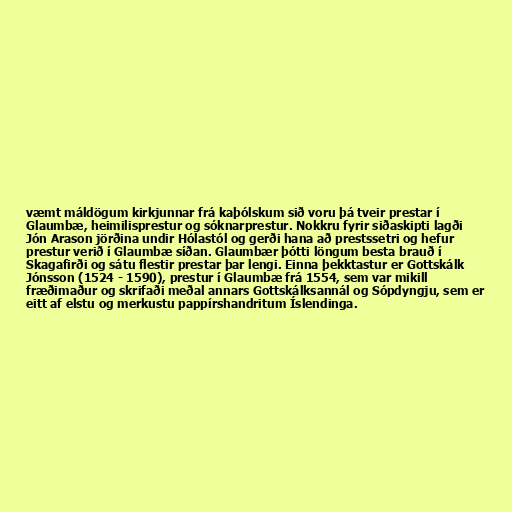
væmt máldögum kirkjunnar frá kaþólskum sið voru þá tveir prestar í
Glaumbæ, heimilisprestur og sóknarprestur. Nokkru fyrir siðaskipti lagði
Jón Arason jörðina undir Hólastól og gerði hana að prestssetri og hefur
prestur verið í Glaumbæ síðan. Glaumbær þótti löngum besta brauð í
Skagafirði og sátu flestir prestar þar lengi. Einna þekktastur er Gottskálk
Jónsson (1524 - 1590), prestur í Glaumbæ frá 1554, sem var mikill
fræðimaður og skrifaði meðal annars Gottskálksannál og Sópdyngju, sem er
eitt af elstu og merkustu pappírshandritum Íslendinga.